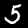
Digit: 5